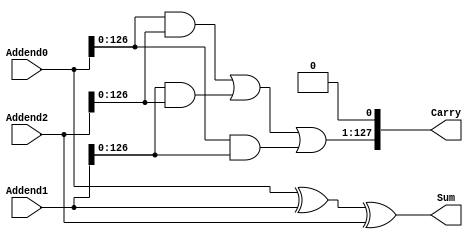
module CasAdder3_2
#(parameter DataWidth = 128)
(
  input [DataWidth - 1 : 0] Addend0,
  input [DataWidth - 1 : 0] Addend1,
  input [DataWidth - 1 : 0] Addend2,
  output [DataWidth - 1 : 0] Sum,
  output [DataWidth - 1 : 0] Carry 
);

  assign Sum = Addend0 ^ Addend1 ^ Addend2;

  wire [DataWidth : 0] CarryMore = {(Addend0 & Addend2) | (Addend1 & Addend2) | (Addend0 & Addend1), 1'b0};

  assign Carry = CarryMore[DataWidth - 1 : 0];
  
  wire [DataWidth - 1 : 0] testsum0 = Addend0 + Addend1 + Addend2;
  wire [DataWidth - 1 : 0] testsum1 = Sum + Carry;
  
endmodule